Vaccination in Bombay 1869-1873 - 1869-1873
Year: 1869
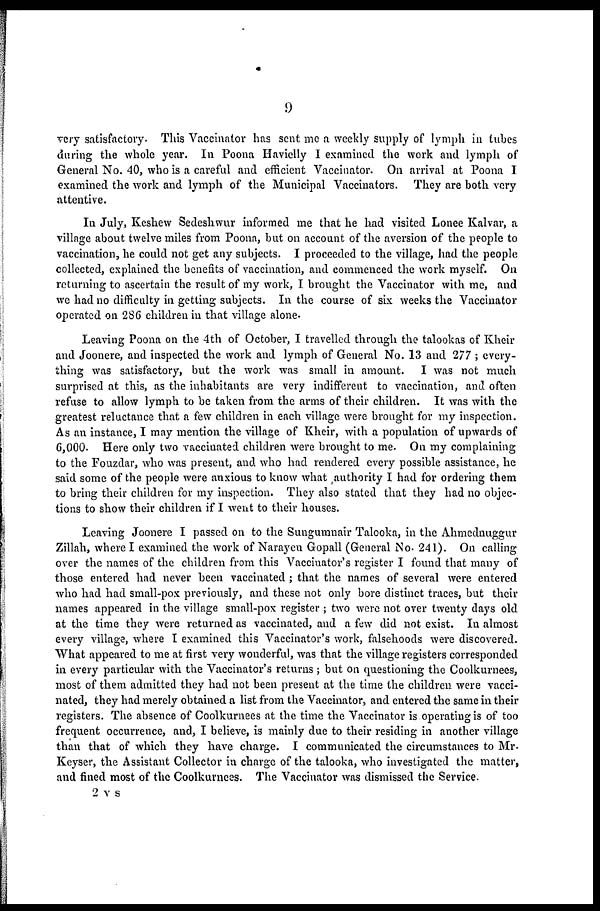
9
very satisfactory. This Vaccinator has sent me a weekly supply of lymph in tubes
during the whole year. In Poona Havielly I examined the work and lymph of
General No. 40, who is a careful and efficient Vaccinator. On arrival at Poona I
examined the work and lymph of the Municipal Vaccinators. They are both very
attentive.
In July, Keshew Sedeshwur informed me that he had visited Lonee Kalvar, a
village about twelve miles from Poona, but on account of the aversion of the people to
vaccination, he could not get any subjects. I proceeded to the village, had the people
collected, explained the benefits of vaccination, and commenced the work myself. On
returning to ascertain the result of my work, I brought the Vaccinator with me, and
we had no difficulty in getting subjects. In the course of six weeks the Vaccinator
operated on 286 children in that village alone-
Leaving Poona on the 4th of October, I travelled through the talookas of Kheir
and Joonere, and inspected the work and lymph of General No. 13 and 277 ; every-
thing was satisfactory, but the work was small in amount. I was not much
surprised at this, as the inhabitants are very indifferent to vaccination, and often
refuse to allow lymph to be taken from the arms of their children. It was with the
greatest reluctance that a few children in each village were brought for my inspection.
As an instance, I may mention the village of Kheir, with a population of upwards of
6,000. Here only two vaccinated children were brought to me. On my complaining
to the Fouzdar, who was present, and who had rendered every possible assistance, he
said some of the people were anxious to know what authority I had for ordering them
to bring their children for my inspection. They also stated that they had no objec-
tions to show their children if I went to their houses.
Leaving Joonere I passed on to the Sungumnair Talooka, in the Ahmednuggur
Zillah, where I examined the work of Narayen Gopall (General No. 241). On calling
over the names of the children from this Vaccinator's register I found that many of
those entered had never been vaccinated ; that the names of several were entered
who had had small-pox previously, and these not only bore distinct traces, but their
names appeared in the village small-pox register ; two were not over twenty days old
at the time they were returned as vaccinated, and a few did not exist. In almost
every village, where I examined this Vaccinator's work, falsehoods were discovered.
"What appeared to me at first very wonderful, was that the village registers corresponded
in every particular with the Vaccinator's returns ; but on questioning the Coolkurnees,
most of them admitted they had not been present at the time the children were vacci-
nated, they had merely obtained a list from the Vaccinator, and entered the same in their
registers. The absence of Coolkurnees at the time the Vaccinator is operating is of too
frequent occurrence, and, I believe, is mainly due to their residing in another village
than that of which they have charge. I communicated the circumstances to Mr.
Keyser, the Assistant Collector in charge of the talooka, who investigated the matter,
and fined most of the Coolkurnees. The Vaccinator was dismissed the Service.
2 v s